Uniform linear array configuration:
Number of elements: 12
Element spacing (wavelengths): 0.75
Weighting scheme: cosine
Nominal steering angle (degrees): -60
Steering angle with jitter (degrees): -61.125
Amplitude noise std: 0.05
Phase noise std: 0.05

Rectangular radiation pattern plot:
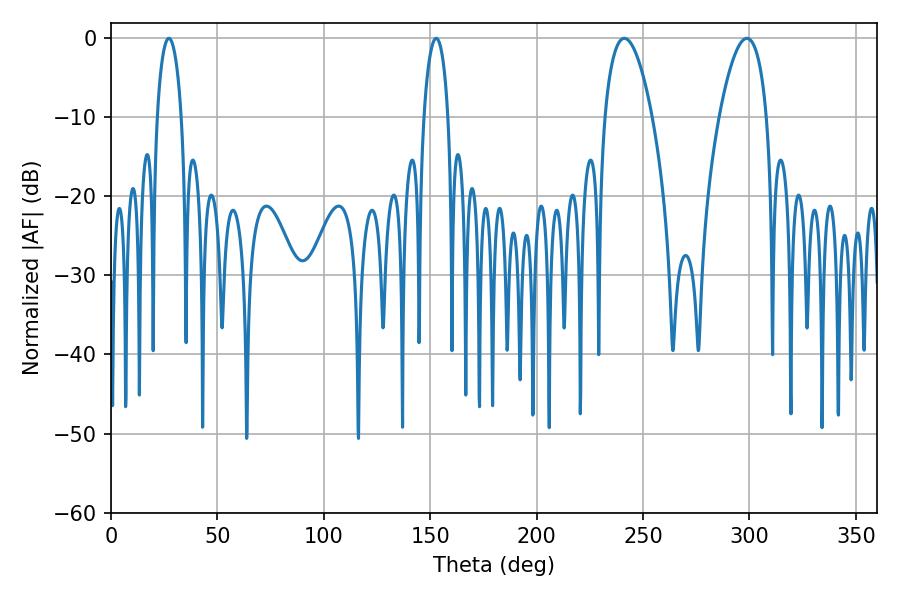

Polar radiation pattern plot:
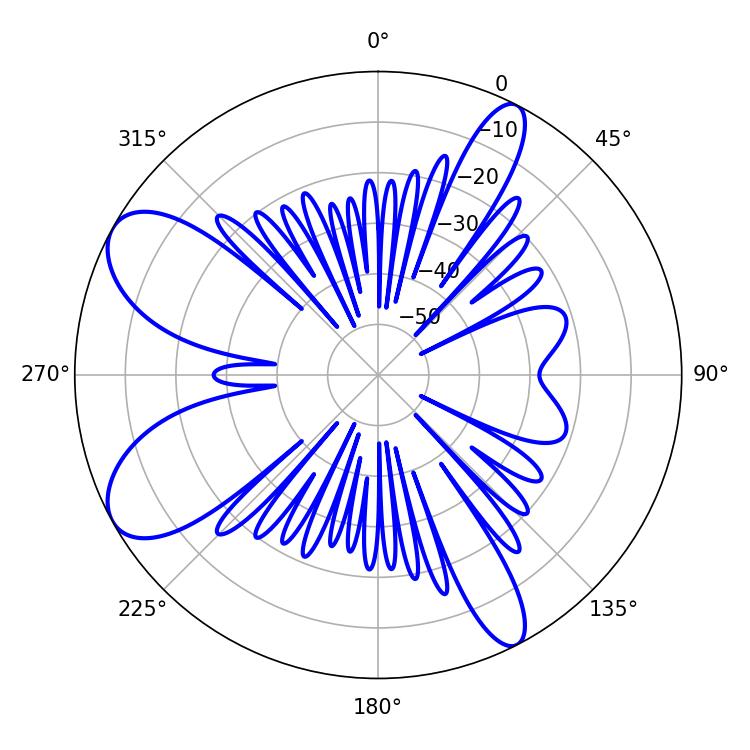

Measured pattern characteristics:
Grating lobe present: TRUE
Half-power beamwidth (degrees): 12.42
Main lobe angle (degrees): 241.2